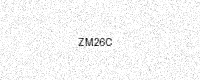
Text: ZM26C